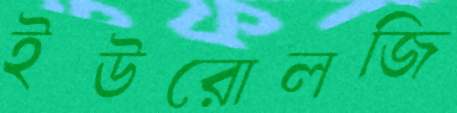
ইউরোলজি